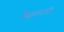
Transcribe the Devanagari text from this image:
वैद्यालागी॥